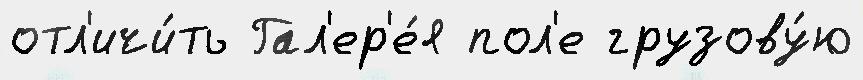
отл'ичи́ть Гал'ер'е́я пол'е грузову́ю